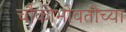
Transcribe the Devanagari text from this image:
चौकीभोवतीच्या